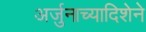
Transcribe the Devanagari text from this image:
अर्जुनाच्यादिशेने